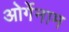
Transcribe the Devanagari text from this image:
ओर्गेनाम